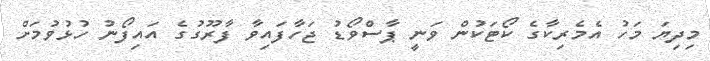
މިދިޔަ މަހު އެމެރިކާގެ ކޯޓަކުން ވަނީ ޕާސްވޯޑު ޖަހާފައިވާ ފާރޫގުގެ އައިފޯނު ހުޅުވުމަށް